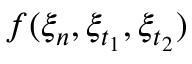
f ( \xi _ { n } , \xi _ { t _ { 1 } } , \xi _ { t _ { 2 } } )